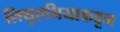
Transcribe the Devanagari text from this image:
लिथुएनियाकडून